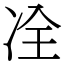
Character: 㓌